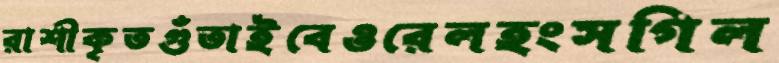
রাশীকৃতগুঁতাইবেওরেলহংসগিল